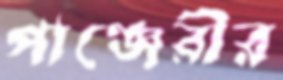
পাঞ্জেরীর